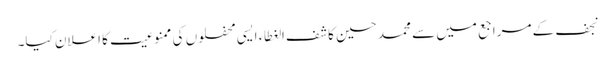
نجف کے مراجع میں سے محمد حسین کاشف‌الغطاء ایسی محفلوں کی ممنوعیت کا اعلان کیا۔